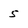
Character: 5